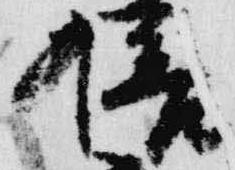
倍